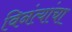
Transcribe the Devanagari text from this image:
विनंत्यांचा